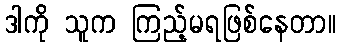
ဒါကို သူက ကြည့်မရဖြစ်နေတာ။